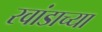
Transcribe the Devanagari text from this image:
रवांडाच्‍या